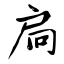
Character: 扃